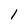
Character: 1